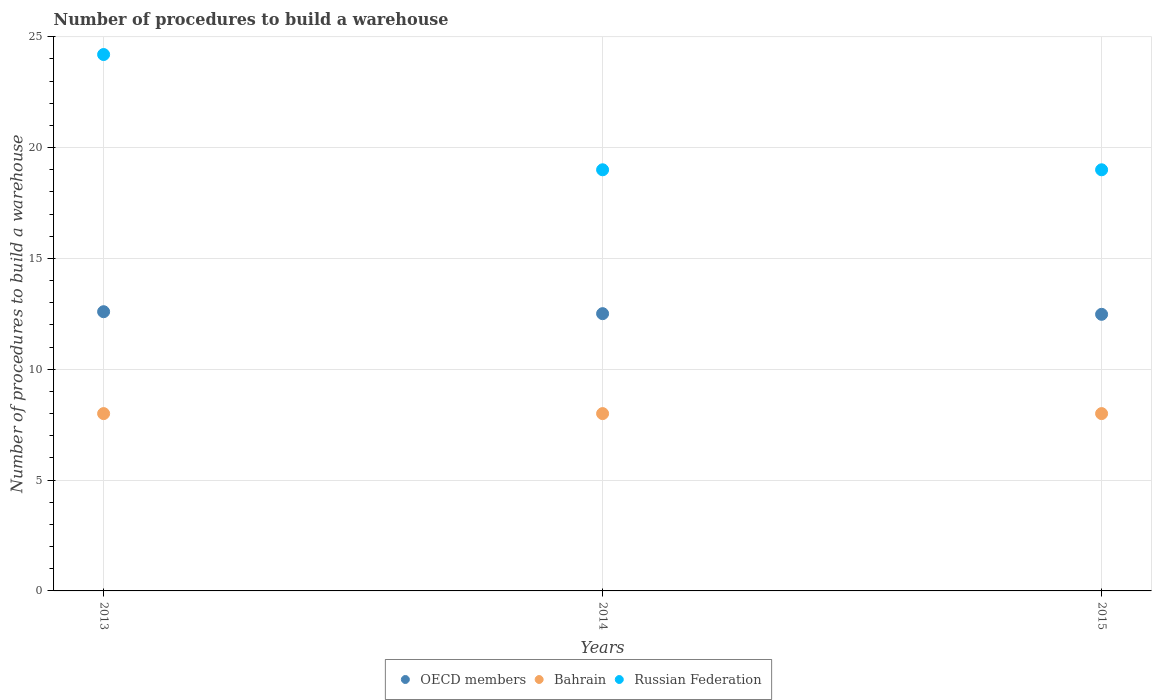
| Years | OECD members | Bahrain | Russian Federation |
 | --- | --- | --- | --- |
 | 2013 | 12.6 | 8 | 24.2 |
 | 2014 | 12.5 | 8 | 19 |
 | 2015 | 12.5 | 8 | 19 |